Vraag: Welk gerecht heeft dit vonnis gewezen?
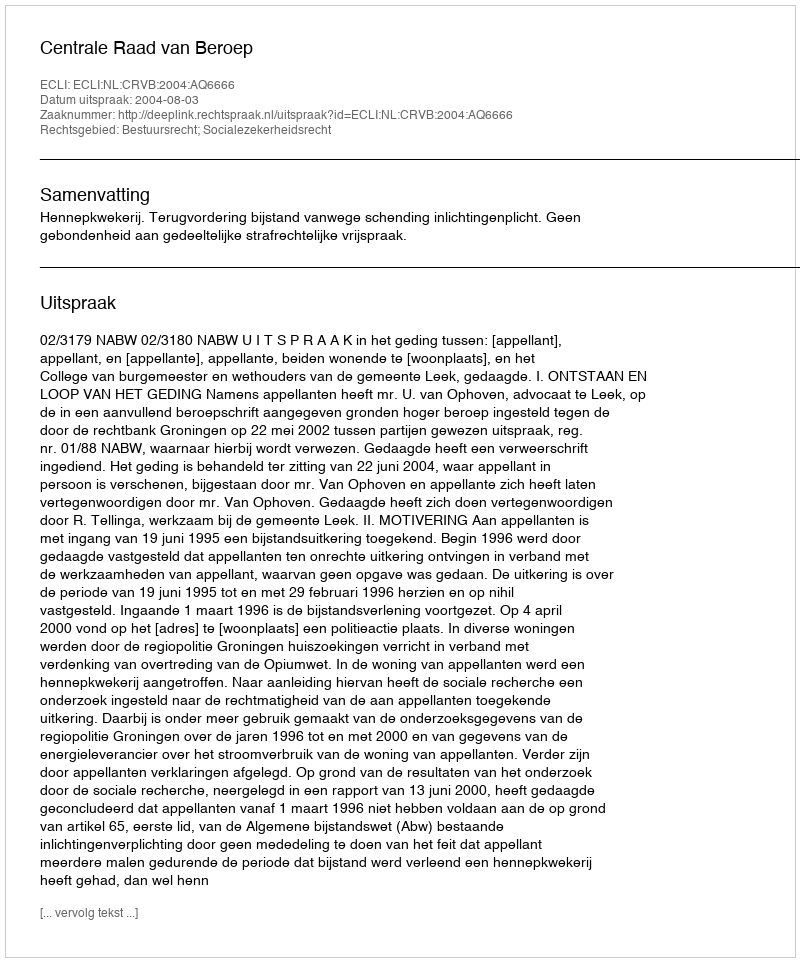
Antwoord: Centrale Raad van Beroep